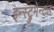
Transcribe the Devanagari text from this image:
इन्स्ट्रुमेन्टल